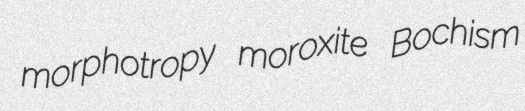
morphotropy moroxite Bochism